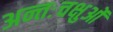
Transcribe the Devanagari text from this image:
अन्तःचक्षुओं